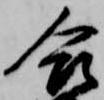
合